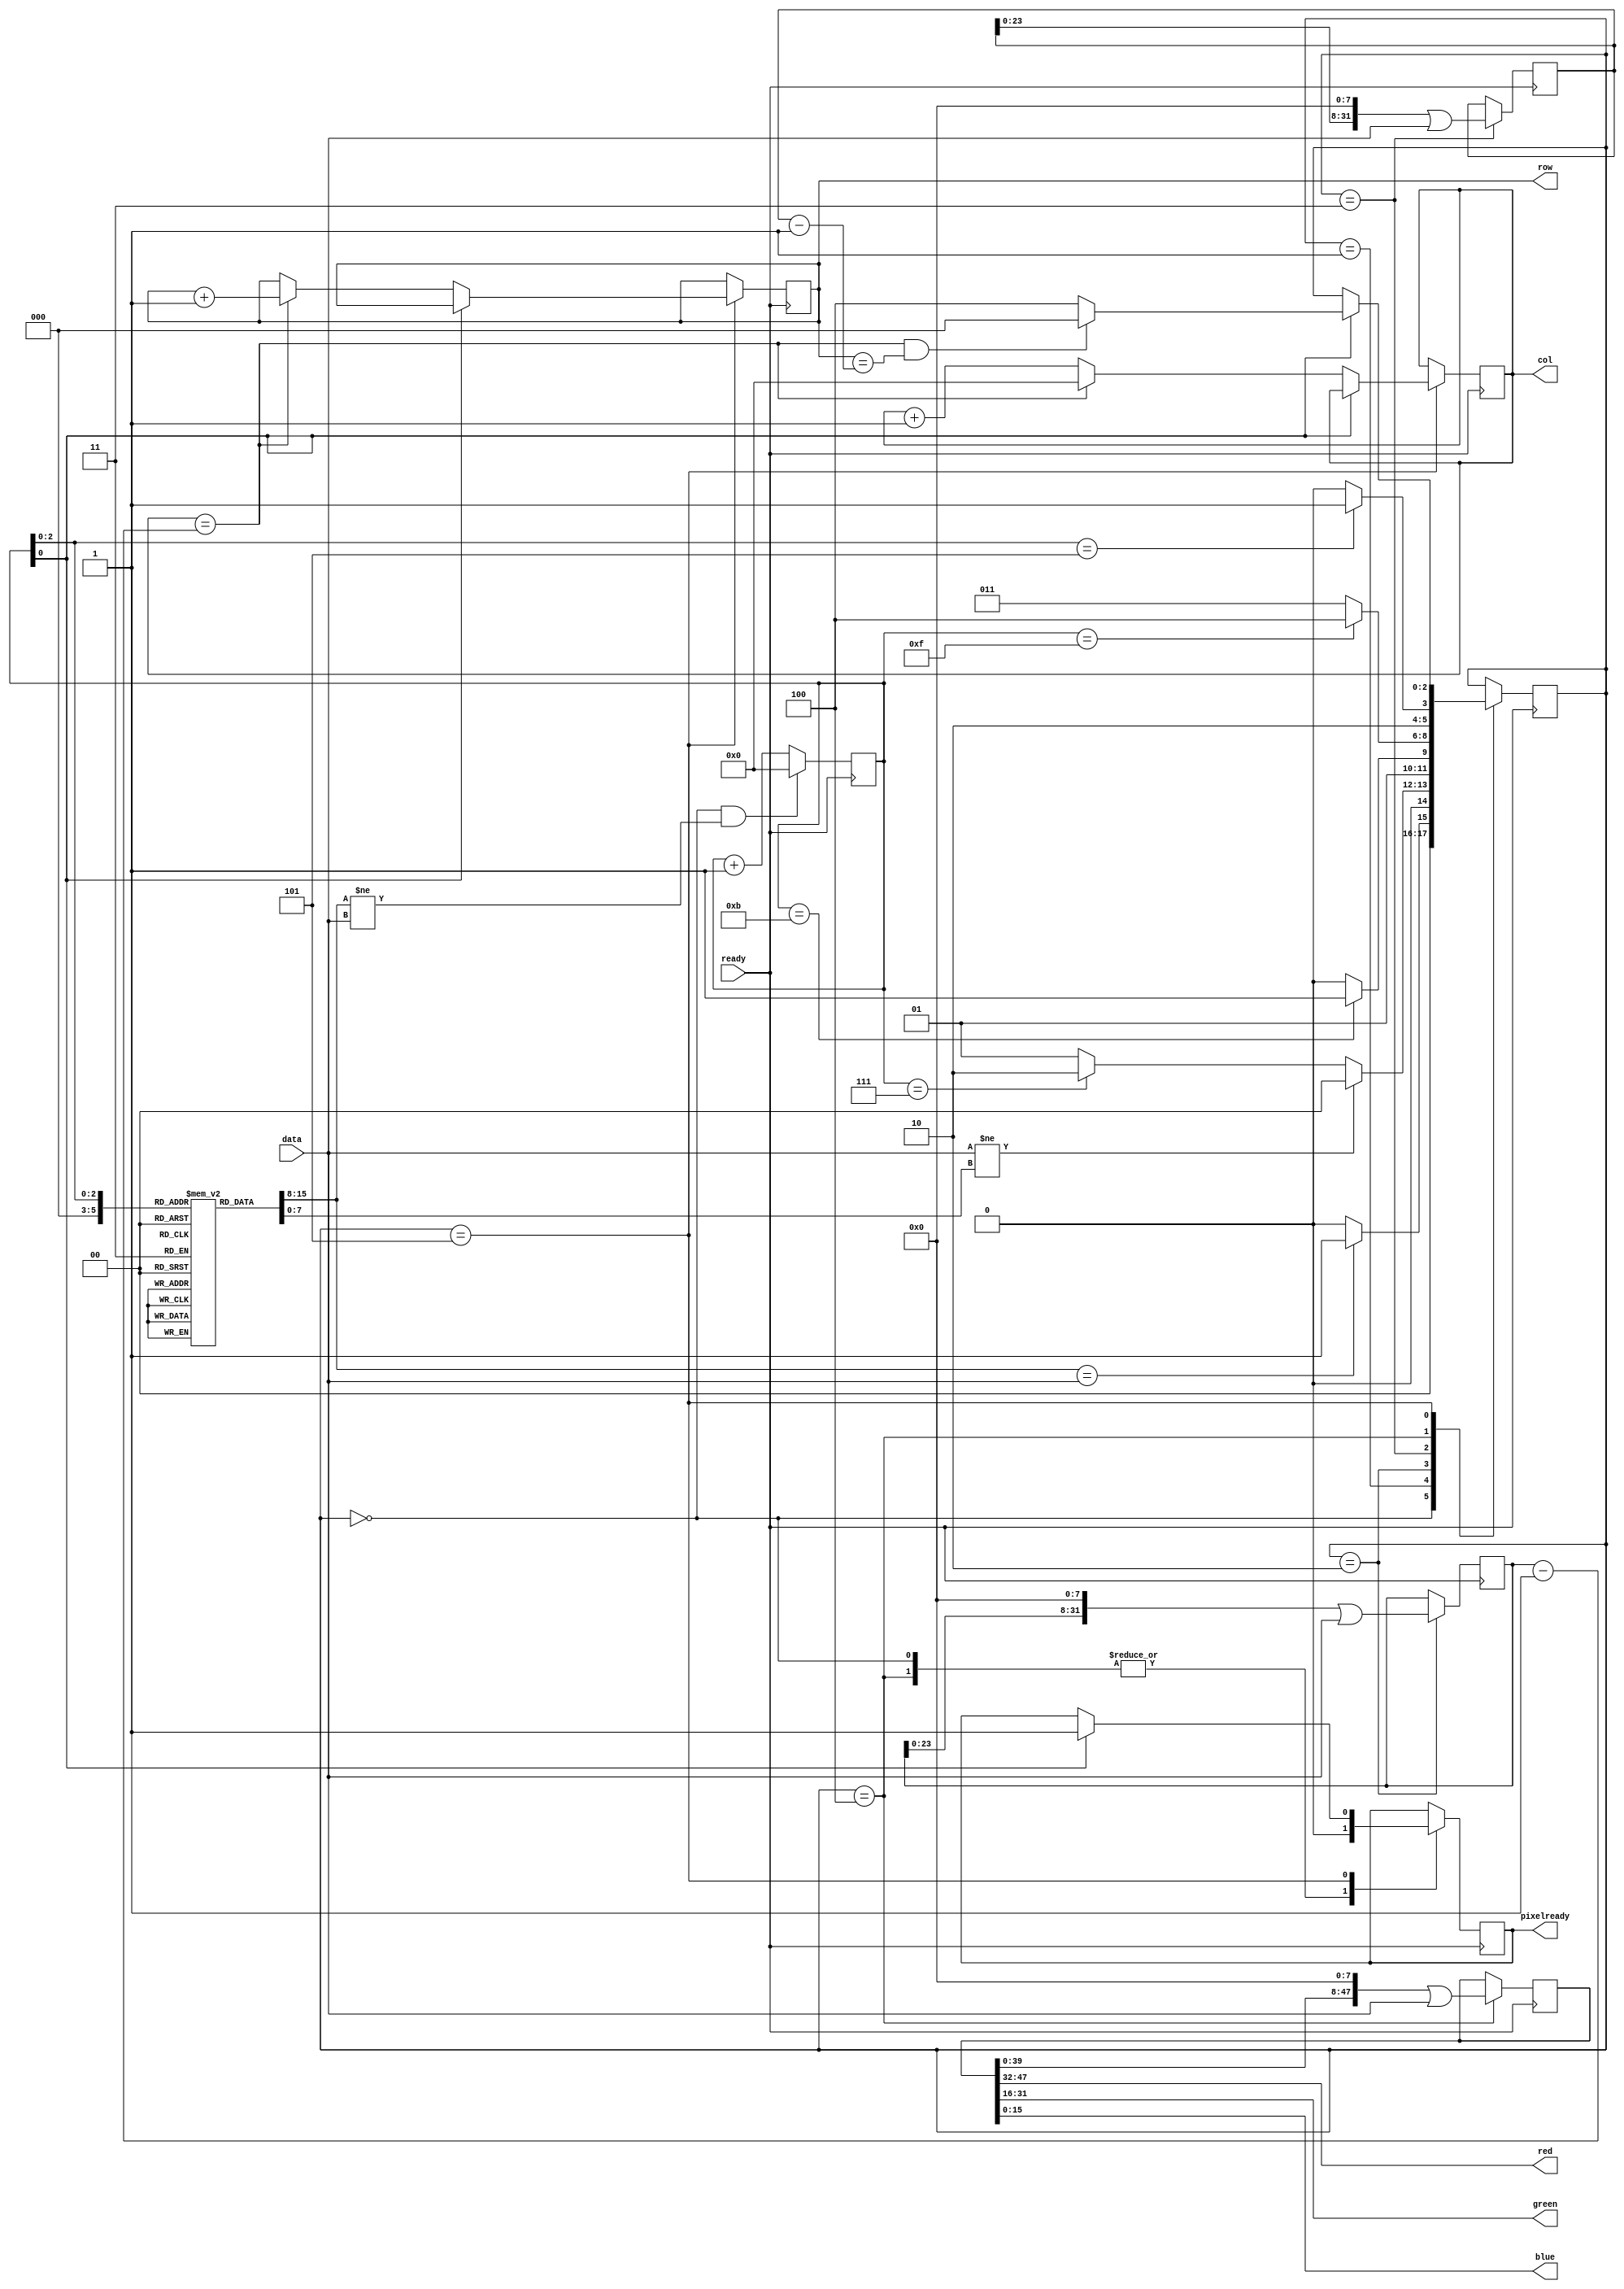
`timescale 1ns / 1ns

module farbfeld(
    input ready,
    input [7:0] data,
    output reg [31:0] row,   // Current row in the image.
    output reg [31:0] col,   // Current column in the image.
    output [15:0] red,
    output [15:0] green,
    output [15:0] blue,
    output reg pixelready
);

localparam
    IDLE = 0,
    MAGIC = 1,
    WIDTH = 2,
    HEIGHT = 3,
    PIXEL = 4,
    ALPHA = 5;

reg [7:0] magic [0:7];  // The magic string "farbfeld".
reg [31:0] width;       // Width of the image.
reg [31:0] height;      // Height of the image.
reg [31:0] bread;       // Number of bytes read.
reg [47:0] pixel;       // The pixel data. Rgb values each 16 bits.
reg [2:0] state;        // FSM state.

assign red = pixel[47:32];
assign green = pixel[31:16];
assign blue = pixel[15:0];

initial begin
    width = 0;
    height = 0;
    row = 0;
    col = 0;
    bread = 0;
    pixel = 0;
    pixelready = 0;
    state = IDLE;

    magic[0] = "f";
    magic[1] = "a";
    magic[2] = "r";
    magic[3] = "b";
    magic[4] = "f";
    magic[5] = "e";
    magic[6] = "l";
    magic[7] = "d";
end


always @(posedge ready) begin
    if (state == IDLE && (magic[0] != data))
        bread <= 0;
    else
        bread <= bread + 1;
end

always @(posedge ready) begin
    case (state)

    // The "idle" state. Wait around for incoming data. Once we receive
    // an 'f', move onto the "magic" state, to listen for the rest of
    // the string "farbfeld".
    IDLE: begin
        pixelready <= 0;
        if (magic[0] == data)
            state <= MAGIC;
        else
            state <= IDLE;
    end

    // Read in the string "farbfeld". Go back to the start if we have an
    // invalid magic.
    MAGIC: begin
        if (data != magic[bread])
            state <= IDLE; // Bad magic.
        else 
            state <= (bread == 7) ? WIDTH : MAGIC;
    end

    // The "width" state. Read in the four bytes that specify the width.
    WIDTH: begin
        width <= (width << 8) | data;
        state <= (bread == 11) ? HEIGHT : WIDTH;
    end

    // The "height" state. Read in the four bytes that specify the height.
    HEIGHT: begin
        height <= (height << 8) | data;
        state <= (bread == 15) ? PIXEL : HEIGHT;
    end

    // Read in size bytes for the red, green, and blue values. Don't
    // read in the alpha value.
    PIXEL: begin
        pixelready <= 0;
        pixel <= (pixel << 8) | data;
        state <= (bread[2:0] == 5) ? ALPHA : PIXEL;
    end

    // The "alpha" state. We use these two ticks to do some house keeping 
    // for the row and column. The alpha values itself is ignored.
    ALPHA: begin
        // First byte, bupdate the column and rows.
        if (bread[0] == 0) begin
            if (col == width - 1) begin
                col <= 0;
                row <= row + 1;
            end else begin
                col <= col + 1;
            end
        end 

        // Second byte, go back to idle if we're done. Set the 'pixelready'
        // flag to high to indicate that this pixel is redy to be consumed.
        else begin
            pixelready <= 1;
            if (col == width - 1 && row == height - 1)
                state <= IDLE;
            else 
                state <= PIXEL;
        end
    end
    endcase
end

endmodule